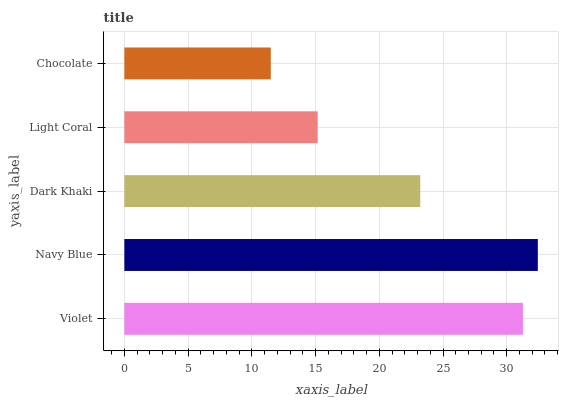
| yaxis_label | bars |
 | --- | --- |
 | Violet | 31.3 |
 | Navy Blue | 32.4 |
 | Dark Khaki | 23.2 |
 | Light Coral | 15.2 |
 | Chocolate | 11.5 |